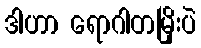
ဒါဟာ ရောဂါတမြိုးပဲ